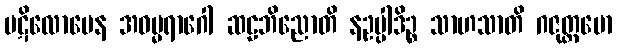
ပဋိလောမေန အဓမ္မရာဂေါ ဆဠဘိညောတိ နဥပ္ပါဒိဉ္စ သာဟသာတိ ဂဇုတ္တမော